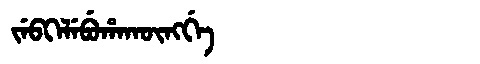
Manchu: ᠵᡝᠪᡴᡝᠯᡝᠪᡠᡥᠠᡴᡡᠩᡤᡝ
Romanization: JEBKELEBUHAKŪNGGE